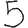
Digit: 5